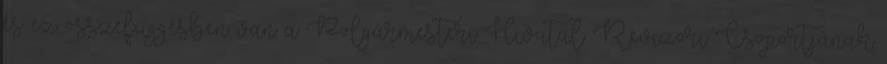
és ez összefüggésben van a Polgármesteri Hivatal Revizori Csoportjának